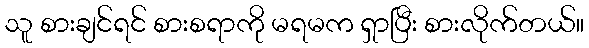
သူ စားချင်ရင် စားစရာကို မရမက ရှာပြီး စားလိုက်တယ်။